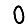
Digit: 0